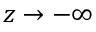
z \to - \infty